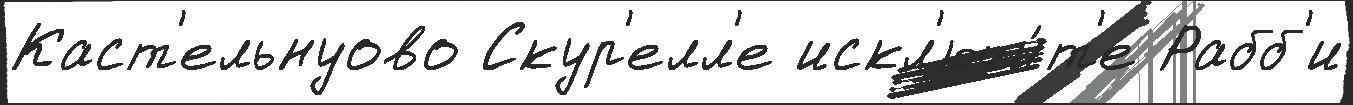
Каст'ельнуово Скур'елл'е искл'ючи́т'е Рабб'и